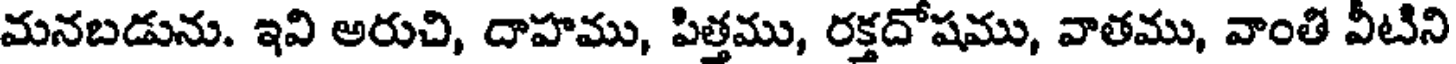
మనబడును. ఇవి అరుచి, దాహము, పిత్తము, రక్తదోషము, వాతము, వాంతి వీటిని